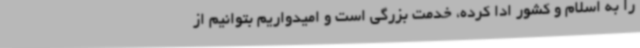
را به اسلام و کشور ادا کرده، خدمت بزرگی است و امیدواریم بتوانیم از